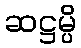
ဆဋ္ဌမ္ပိ